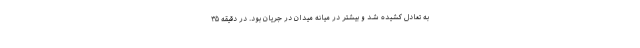
به تعادل کشیده شد و بیشتر در میانه میدان در جریان بود. در دقیقه ۳۵